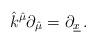
LaTeX: \begin{align*}\hat{k}^{\hat{\mu}}\partial_{\hat{\mu}}=\partial_{\underline{x}}\, .\end{align*}